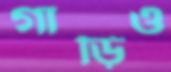
গাড়িও